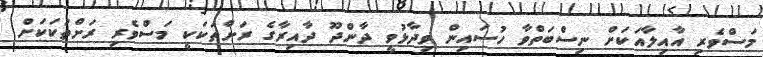
މަސްވެރި އާއިލާއަކަށް ނިސްބަތްވާ ހުސައިން ވިދާޅުވީ ދާންދޫ ދާއިރާގެ ރަށްތަކަކީ މަސްވެރި ރަށްތަކަކަށް